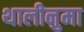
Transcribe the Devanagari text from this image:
थालीनुमा